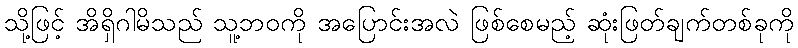
သို့ဖြင့် အိရှိဂါမိသည် သူ့ဘဝကို အပြောင်းအလဲ ဖြစ်စေမည့် ဆုံးဖြတ်ချက်တစ်ခုကို